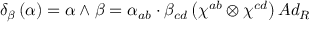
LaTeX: \delta _ { \beta } \left( \alpha \right) = \alpha \wedge \beta = \alpha _ { a b } \cdot \beta _ { c d } \left( \chi ^ { a b } \otimes \chi ^ { c d } \right) A d _ { R }